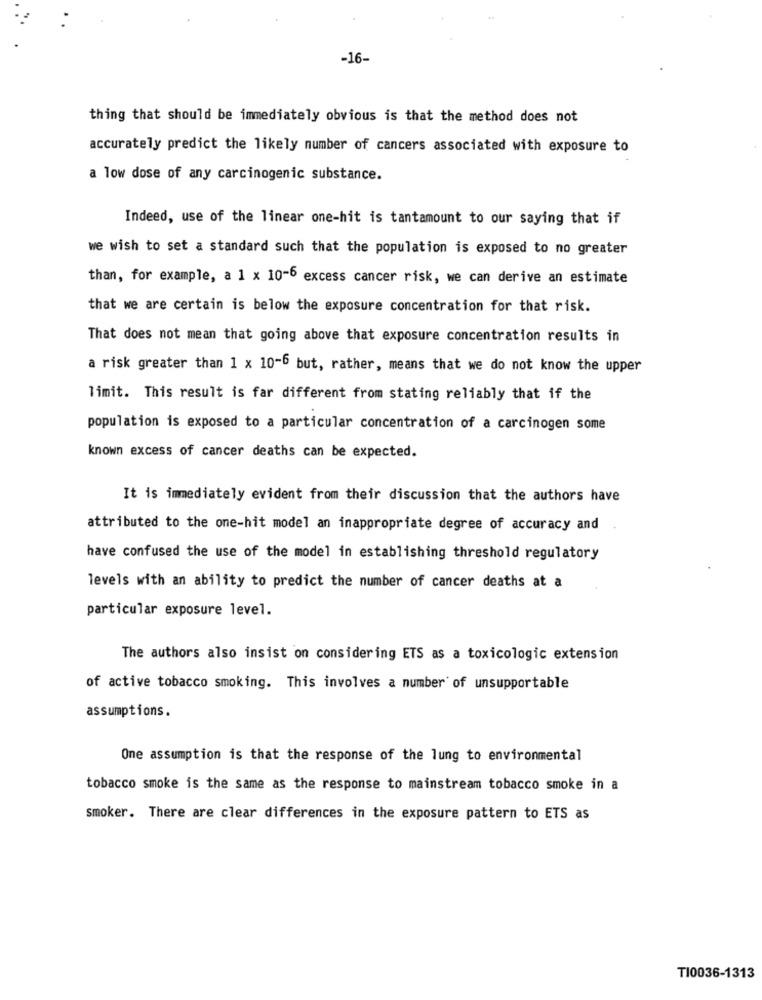
-16-
thing that should be immediately obvious is that the method does not
accurately predict the likely number of cancers associated with exposure to
a low dose of any carcinogenic substance.
Indeed, use of the linear one-hit is tantamount to our saying that if
we wish to set a standard such that the population is exposed to no greater
than, for example, a 1 x 10-6 excess cancer risk, we can derive an estimate
that we are certain is below the exposure concentration for that risk.
That does not mean that going above that exposure concentration results in
a risk greater than 1 x 10-6 but, rather, means that we do not know the upper
limit. This result is far different from stating reliably that if the
population is exposed to a particular concentration of a carcinogen some
known excess of cancer deaths can be expected.
It is immediately evident from their discussion that the authors have
attributed to the one-hit model an inappropriate degree of accuracy and
have confused the use of the model in establishing threshold regulatory
levels with an ability to predict the number of cancer deaths at a
particular exposure level.
The authors also insist on considering ETS as a toxicologic extension
of active tobacco smoking. This involves a number of unsupportable
assumptions.
One assumption is that the response of the lung to environmental
tobacco smoke is the same as the response to mainstream tobacco smoke in a
smoker. There are clear differences in the exposure pattern to ETS as
TI0036-1313